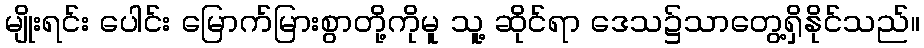
မျိုးရင်း ပေါင်း မြောက်မြားစွာတို့ကိုမူ သူ့ ဆိုင်ရာ ဒေသ၌သာတွေ့ရှိနိုင်သည်။